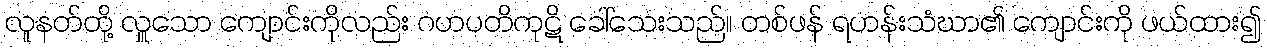
လူနတ်တို့ လှူသော ကျောင်းကိုလည်း ဂဟပတိကုဋိ ခေါ်သေးသည်။ တစ်ဖန် ရဟန်းသံဃာ၏ ကျောင်းကို ဖယ်ထား၍